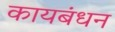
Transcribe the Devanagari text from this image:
कायबंधन